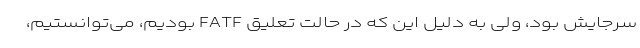
سرجایش بود، ولی به دلیل این که در حالت تعلیق FATF بودیم، می‌توانستیم،